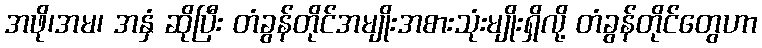
အဖို၊အမ၊ အနှံ ဆိုပြီး တံခွန်တိုင်အမျိုးအစားသုံးမျိုးရှိလို့ တံခွန်တိုင်တွေဟာ